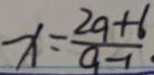
x = \frac { 2 a + 6 } { a - 1 }